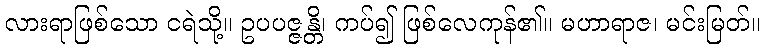
လားရာဖြစ်သော ငရဲသို့။ ဥပပဇ္ဇန္တိ၊ ကပ်၍ ဖြစ်လေကုန်၏။ မဟာရာဇ၊ မင်းမြတ်။